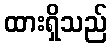
ထားရှိသည်